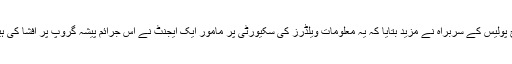
ڈچ پولیس کے سربراہ نے مزید بتایا کہ یہ معلومات ویلڈرز کی سکیورٹی پر مامور ایک ایجنٹ نے اِس جرائم پیشہ گروپ پر افشا کی ہیں۔